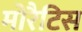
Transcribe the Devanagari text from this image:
मोरैटिस